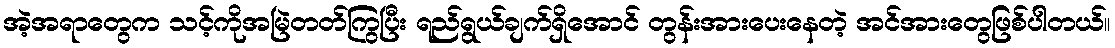
အဲ့အရာတွေက သင့်ကိုအမြဲတတ်ကြွပြီး ရည်ရွယ်ချက်ရှိအောင် တွန်းအားပေးနေတဲ့ အင်အားတွေဖြစ်ပါတယ်။